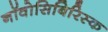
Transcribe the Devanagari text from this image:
नॉवोसिबिरिस्क